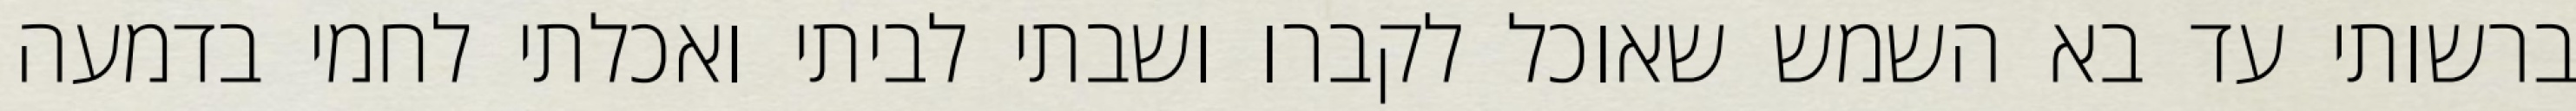
ברשותי עד בא השמש שאוכל לקברו ושבתי לביתי ואכלתי לחמי בדמעה